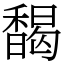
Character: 馤